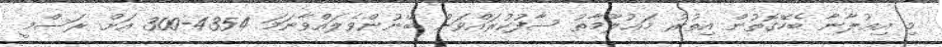
މި އިޢުލާނާ ބެހޭގޮތުން އިތުރު މަޢުލޫމާތު ސާފުކުރައްވަން ބޭނުންވެލައްވާނަމަ 4354-300 އަށް ރަސްމީ